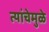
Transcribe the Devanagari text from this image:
त्यांचेमुळे